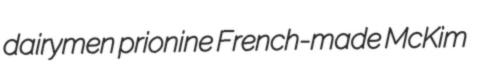
dairymen prionine French-made McKim